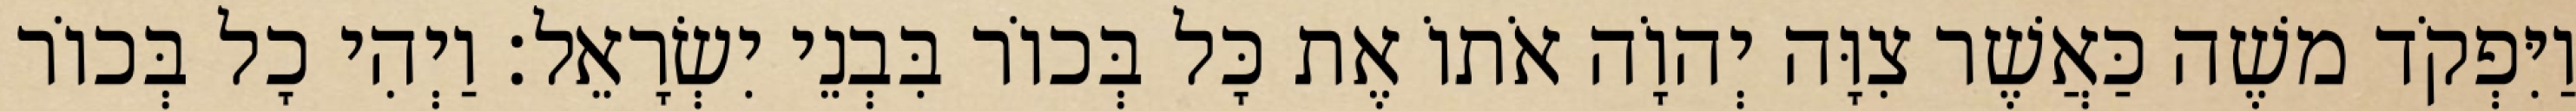
וַיִּפְקֹד משֶׁה כַּאֲשֶׁר צִוָּה יְהוָֹה אֹתוֹ אֶת כָּל בְּכוֹר בִּבְנֵי יִשְׂרָאֵל׃ וַיְהִי כָל בְּכוֹר